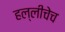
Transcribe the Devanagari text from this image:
हल्लीचेच